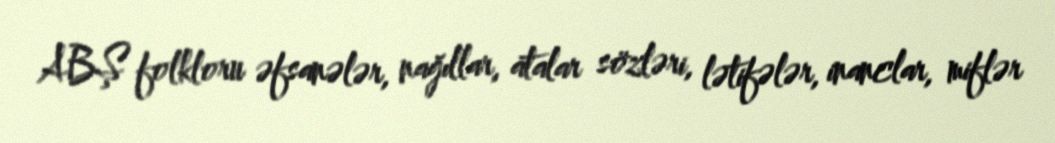
ABŞ folkloru əfsanələr, nağıllar, atalar sözləri, lətifələr, inanclar, miflər